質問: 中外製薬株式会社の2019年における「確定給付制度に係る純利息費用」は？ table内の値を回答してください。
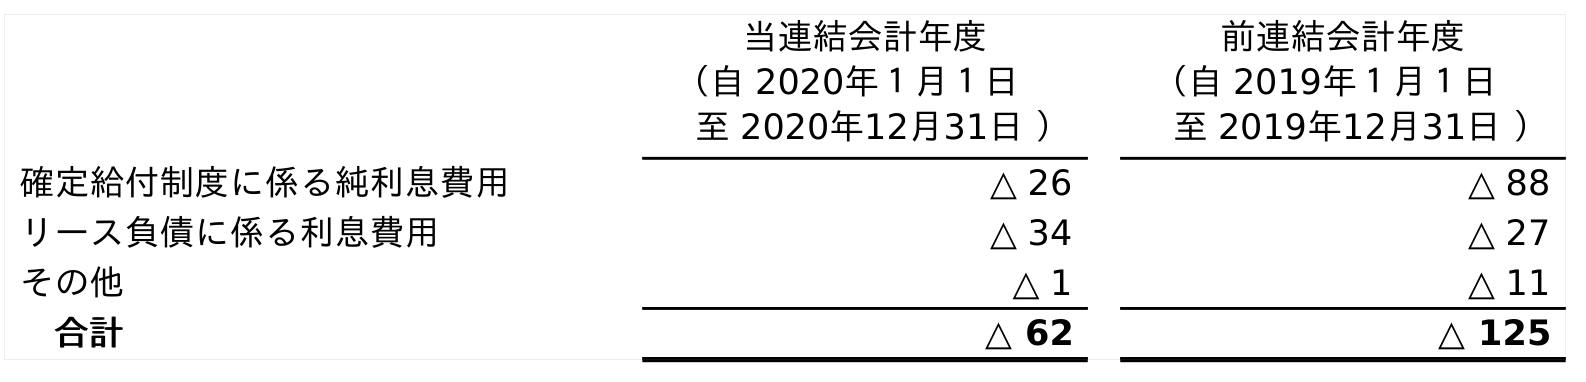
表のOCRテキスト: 当連結会計年度 （自 2020年１月１日 至 2020年12月31日 ） 前連結会計年度 （自 2019年１月１日 至 2019年12月31日 ） 確定給付制度に係る純利息費用 △ 26 △ 88 リース負債に係る利息費用 △ 34 △ 27 その他 △ 1 △ 11 合計 △ 62 △ 125
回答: △88